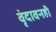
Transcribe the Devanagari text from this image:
वृंदावनही